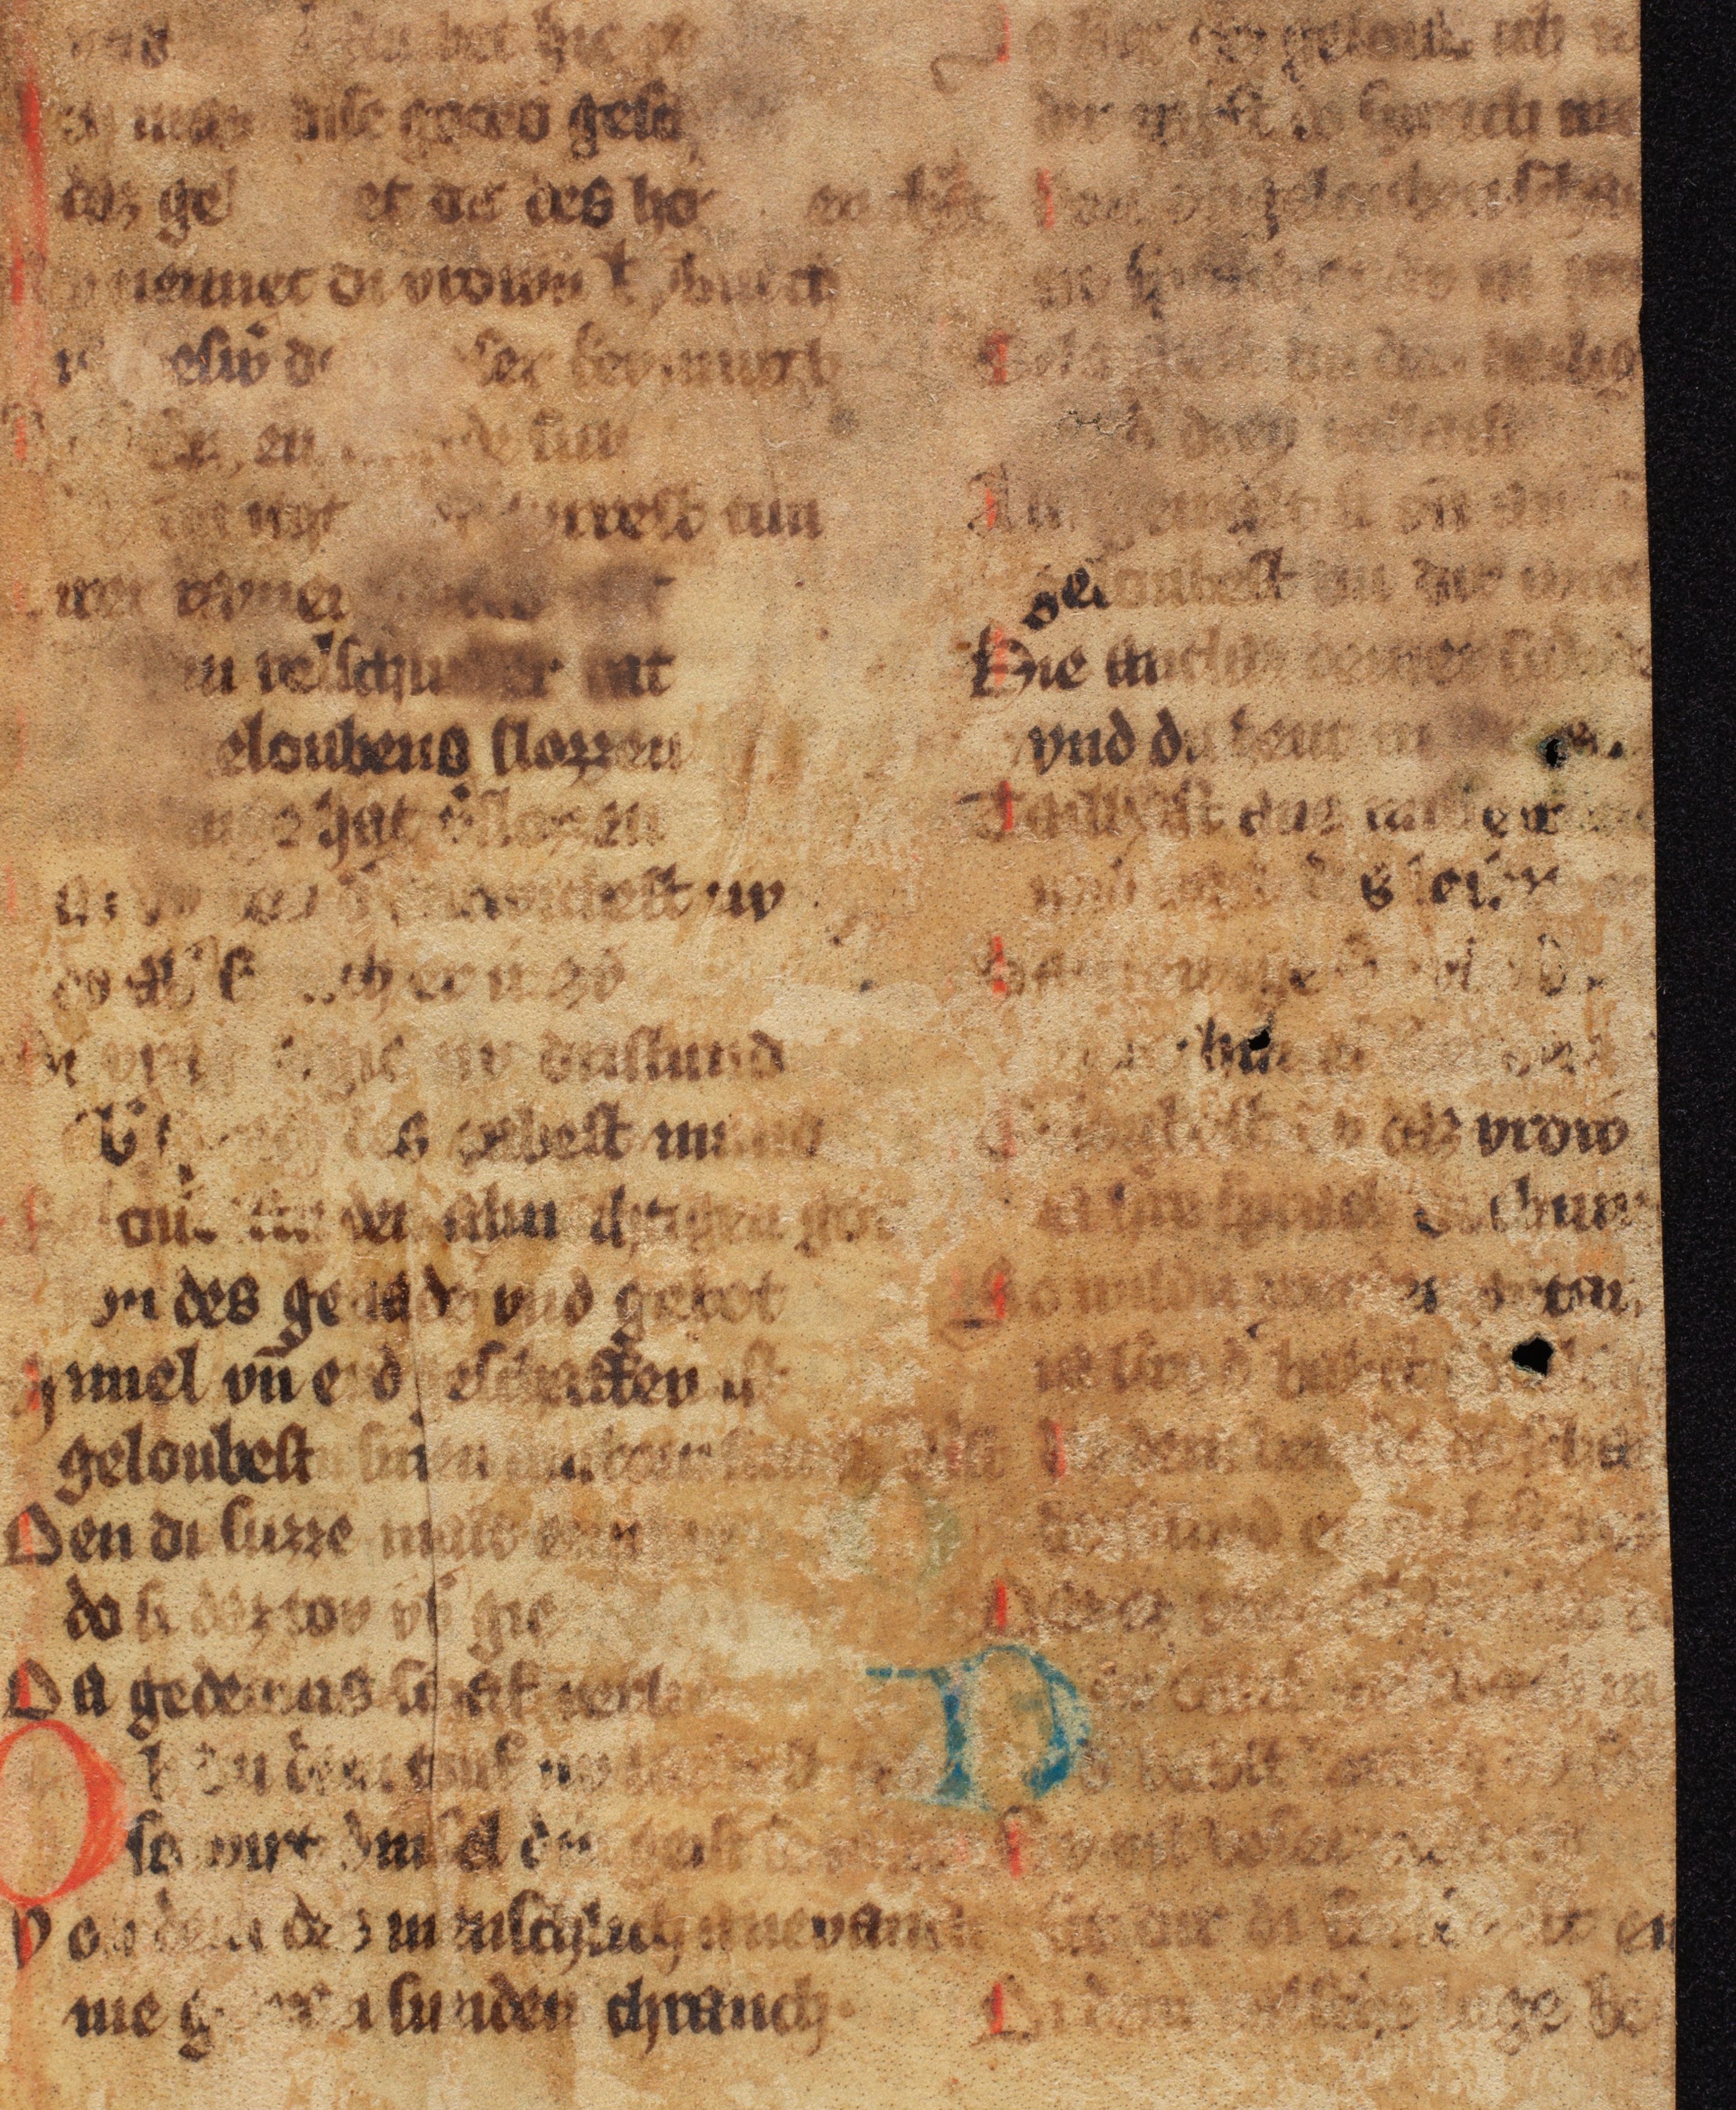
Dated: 1300–1315